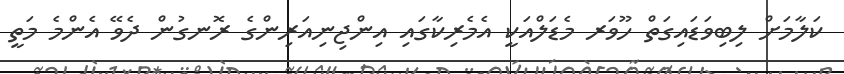
ކަލާމަށް ލިބިވަޑައިގަތް ހޫވަރ މެޑަލްއަކީ އެމެރިކާގައި އިންޖިނިއަރިންގެ ރޮނގުން ދެވޭ އެންމެ މަތީ